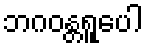
ဘဂဝန္တရူပေါ